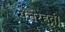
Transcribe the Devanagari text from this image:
सत्तरहवीं